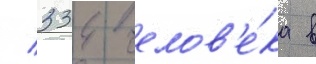
/ 334 челов'е́ка в